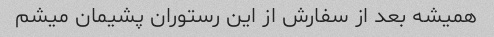
همیشه بعد از سفارش از این رستوران پشیمان میشم